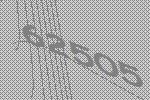
62505